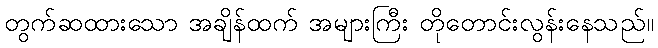
တွက်ဆထားသော အချိန်ထက် အများကြီး တိုတောင်းလွန်းနေသည်။